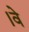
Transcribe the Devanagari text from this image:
।वे